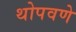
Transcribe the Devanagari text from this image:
थोपवणे